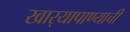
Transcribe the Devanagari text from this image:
खार्‍यापाण्याची